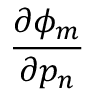
\frac { \partial \phi _ { m } } { \partial p _ { n } }